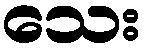
သေး